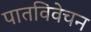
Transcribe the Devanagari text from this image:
पातविवेचन